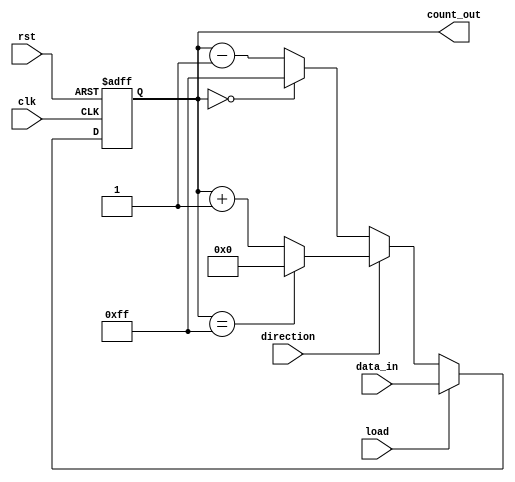
module loadable_counter #(
    parameter N = 8 // Define the bit width of the counter
)(
    input wire clk,              // Clock input
    input wire rst,              // Asynchronous reset
    input wire load,             // Load signal
    input wire direction,        // Count direction: 1 for up, 0 for down
    input wire [N-1:0] data_in,  // Data input for loading
    output reg [N-1:0] count_out  // Current count output
);

// Initialize the counter value to zero
initial begin
    count_out = 0;
end

// Asynchronous Reset and synchronous loading/counting
always @(posedge clk or posedge rst) begin
    if (rst) begin
        // Reset the counter to zero
        count_out <= 0;
    end else if (load) begin
        // Load the input data into the counter
        count_out <= data_in;
    end else begin
        // Count up or down based on the direction signal
        if (direction) begin
            // Count up, with wrap around at maximum value
            count_out <= (count_out == {N{1'b1}}) ? 0 : count_out + 1; // Wrap around from max to 0
        end else begin
            // Count down, with wrap around at zero
            count_out <= (count_out == 0) ? {N{1'b1}} : count_out - 1; // Wrap around from 0 to max
        end
    end
end

endmodule